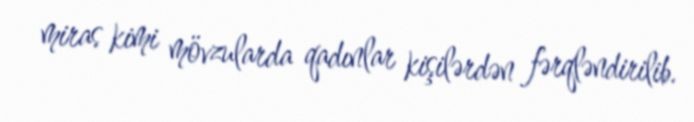
miras kimi mövzularda qadınlar kişilərdən fərqləndirilib.